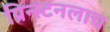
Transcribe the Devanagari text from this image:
प्रिन्स्टनलाच